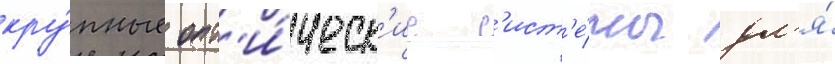
кру́пные опт'и́ческ'ие с'ист'е́мы дл'я́